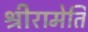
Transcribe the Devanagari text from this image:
श्रीरामेति